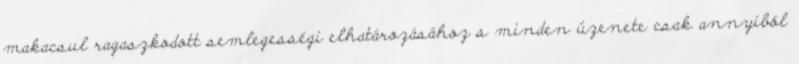
makacsul ragaszkodott semlegességi elhatározásához s minden üzenete csak annyiból